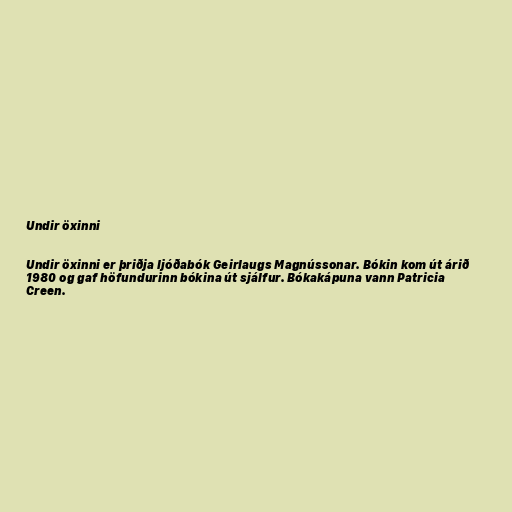
Undir öxinni

Undir öxinni er þriðja ljóðabók Geirlaugs Magnússonar. Bókin kom út árið
1980 og gaf höfundurinn bókina út sjálfur. Bókakápuna vann Patricia
Creen.